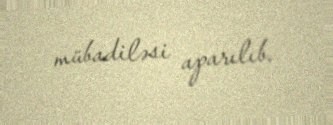
mübadiləsi aparılıb.